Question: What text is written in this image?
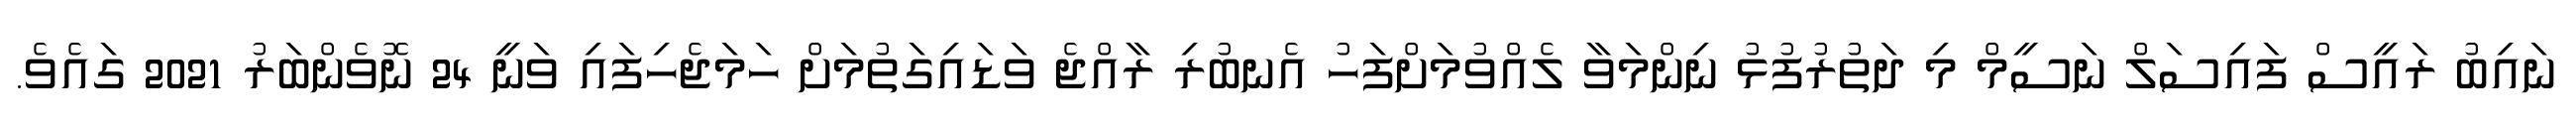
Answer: ނައިބު ރައީސް ފައިސަލް ނަސީމް މި ދަތުރުފުޅު ނިންމަވާ ލެއްވުމަށްފަހު އެނބުރި ރާއްޖެ ވަޑައިގަތުމަށް ހަމަޖެހިފައި ވަނީ 24 ނޮވެންބަރު 2021 ގައެވެ.